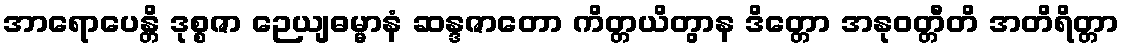
အာရောပေန္တိ ဒုစ္စဇာ ဉေယျဓမ္မာနံ ဆန္ဒဇာတော ကိတ္တယိတွာန ဒိတ္တော အနုဝတ္တီတိ အတိရိတ္တာ